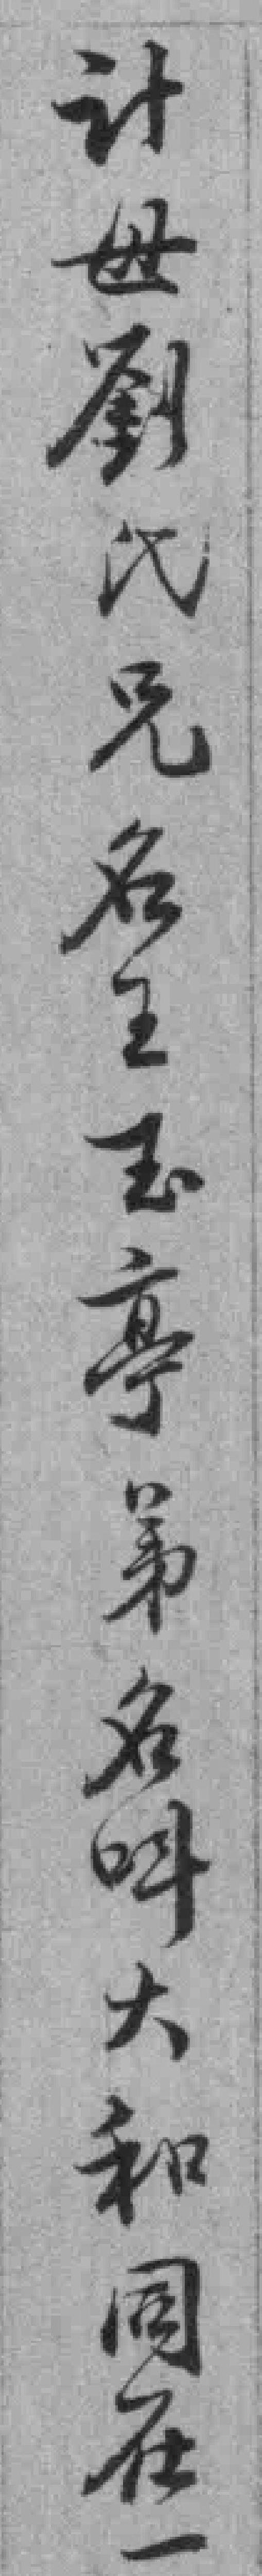
计母劉氏兄名王玉𠅘弟名呌大和同在一